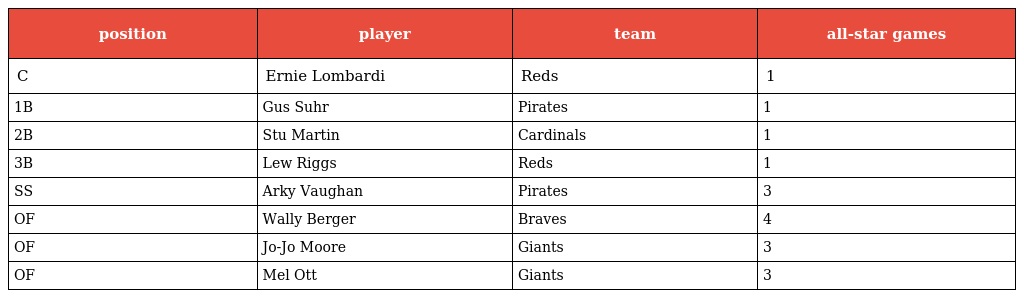
| position | player | team | all-star games |
 | --- | --- | --- | --- |
 | C | Ernie Lombardi | Reds | 1 |
 | 1B | Gus Suhr | Pirates | 1 |
 | 2B | Stu Martin | Cardinals | 1 |
 | 3B | Lew Riggs | Reds | 1 |
 | SS | Arky Vaughan | Pirates | 3 |
 | OF | Wally Berger | Braves | 4 |
 | OF | Jo-Jo Moore | Giants | 3 |
 | OF | Mel Ott | Giants | 3 |